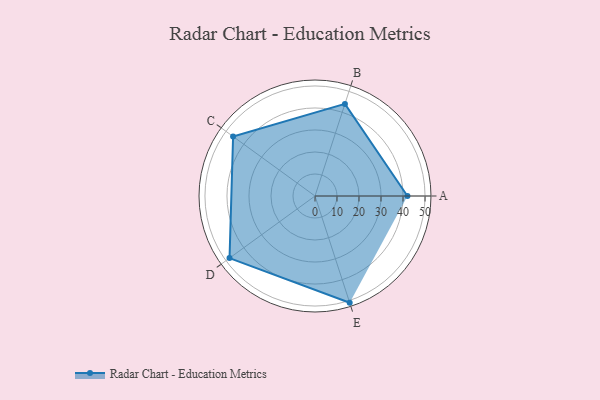
{"axis": {"x": "Skill", "y": "Score"}, "legend": ["Profile"], "data": [{"x": "A", "y": 42.0, "type": "Profile"}, {"x": "B", "y": 44.0, "type": "Profile"}, {"x": "C", "y": 46.0, "type": "Profile"}, {"x": "D", "y": 48.0, "type": "Profile"}, {"x": "E", "y": 51.0, "type": "Profile"}]}